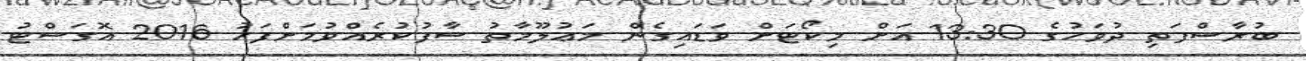
ބުރާސްފަތި ދުވަހުގެ 13:30 އަށް މިކޯޓަށް ވަޑައިގެން މަޢުލޫމާތު ސާފުކުރެއްވުމަށްފަހު 2016 އޮގަސްޓު